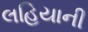
લહિયાની